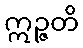
ဣဉ္ဇတိ